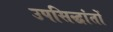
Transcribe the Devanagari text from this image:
उपसिद्धांतों